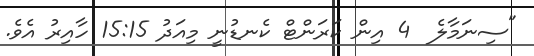
"ސިނަމާލެ  4 އިން ކަރަންޓް ކެނޑުނީ މިއަދު 15:15 ހާއިރު އެވެ.